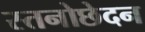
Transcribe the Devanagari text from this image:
स्तनोछेदन